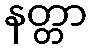
နတ္တာ